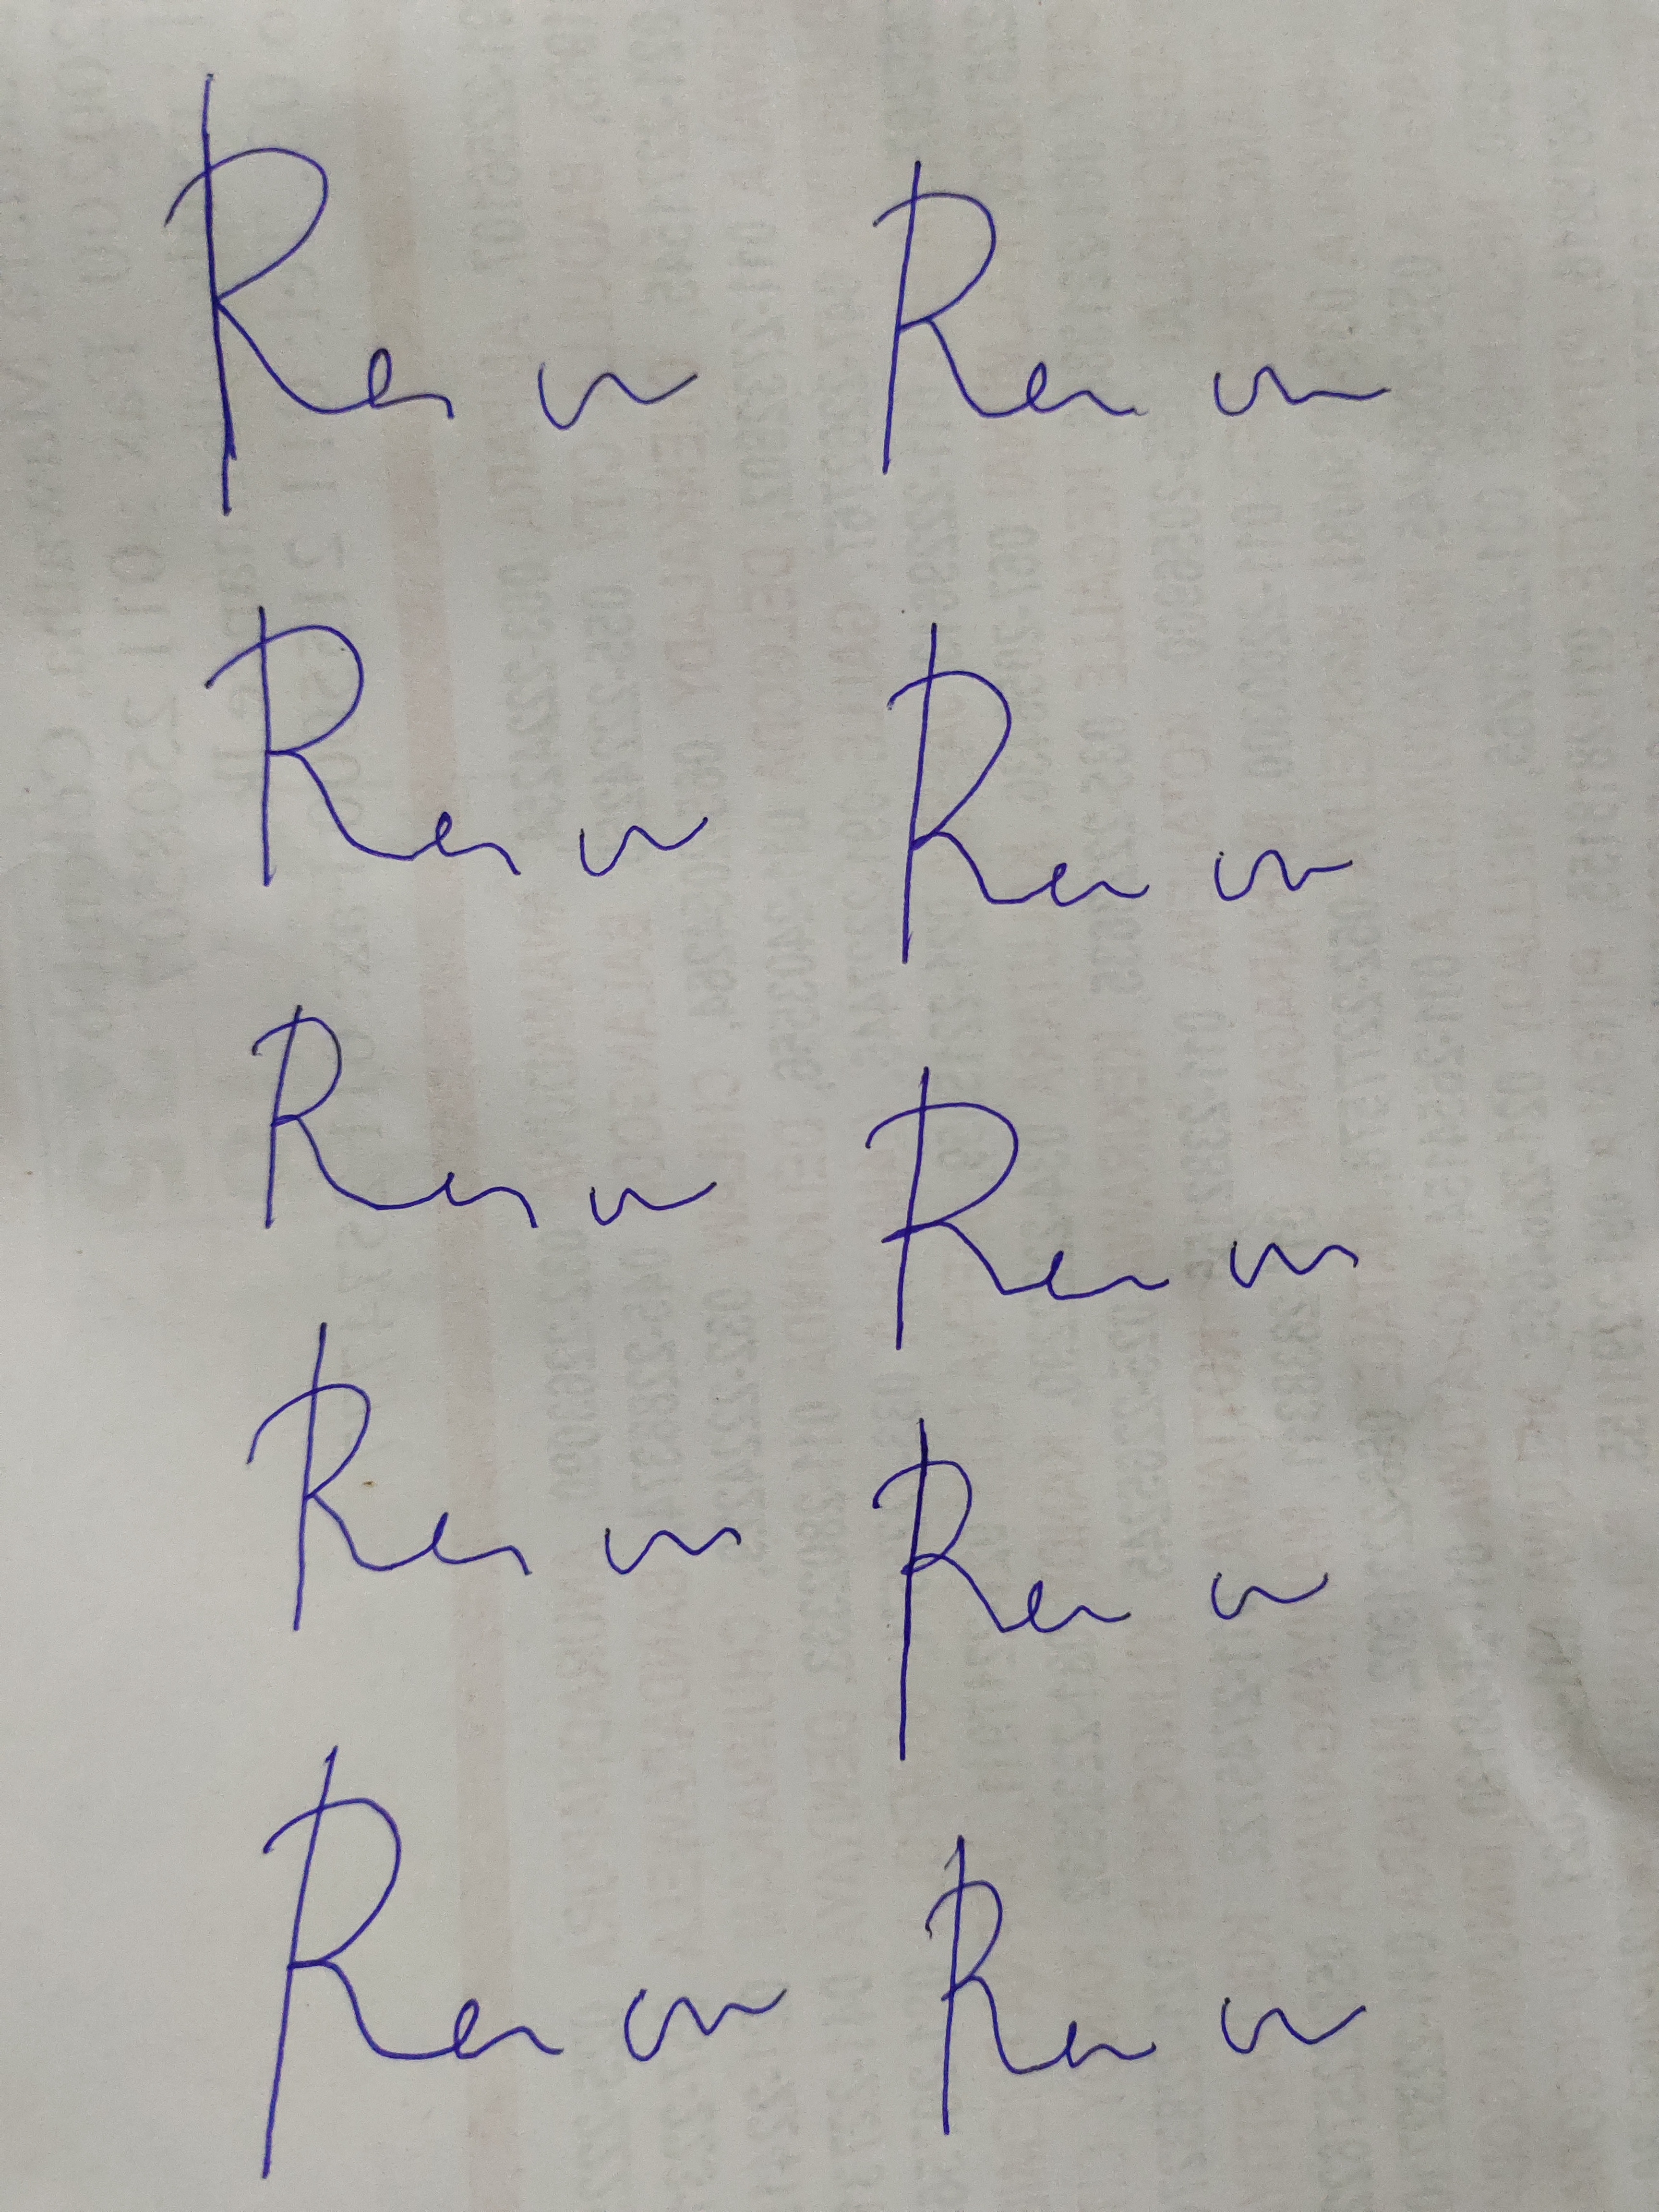
Signature authenticity: forged